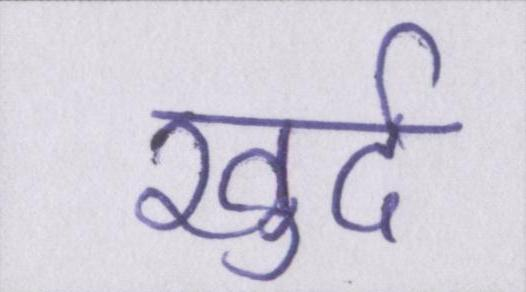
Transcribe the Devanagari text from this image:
खुर्द